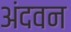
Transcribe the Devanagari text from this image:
अंदवन